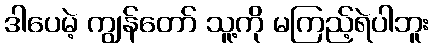
ဒါပေမဲ့ ကျွန်တော် သူ့ကို မကြည့်ရဲပါဘူး